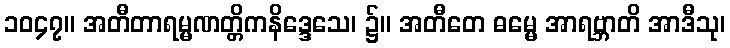
၁၀၄၇။ အတီတာရမ္မဏတ္တိကနိဒ္ဒေသေ၊ ၌။ အတီတေ ဓမ္မေ အာရဗ္ဘာတိ အာဒီသု၊